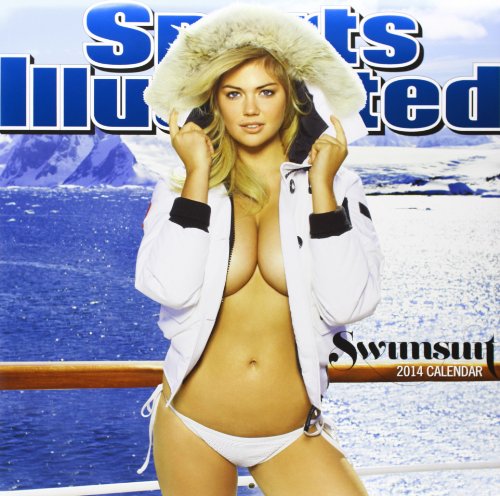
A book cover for Sports Illustrated Swimsuit 2014 Calendar; Trends; Calendars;